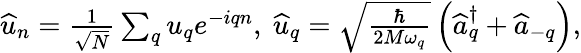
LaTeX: \begin{array}{r}{\widehat{u}_{n}=\frac{1}{\sqrt{N}}\sum_{q}u_{q}e^{-iqn},~\widehat{u}_{q}=\sqrt{\frac{\hbar}{2M\omega_{q}}}\left(\widehat{a}_{q}^{\dagger}+\widehat{a}_{-q}\right),}\end{array}